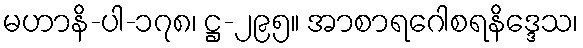
မဟာနိ-ပါ-၁၇၈၊ ဋ္ဌ-၂၉၅။ အာစာရဂေါစရနိဒ္ဒေသ၊